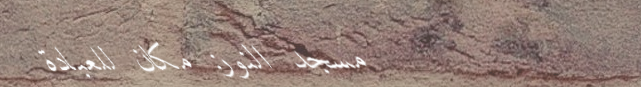
مسجد النور: مكان للعبادة